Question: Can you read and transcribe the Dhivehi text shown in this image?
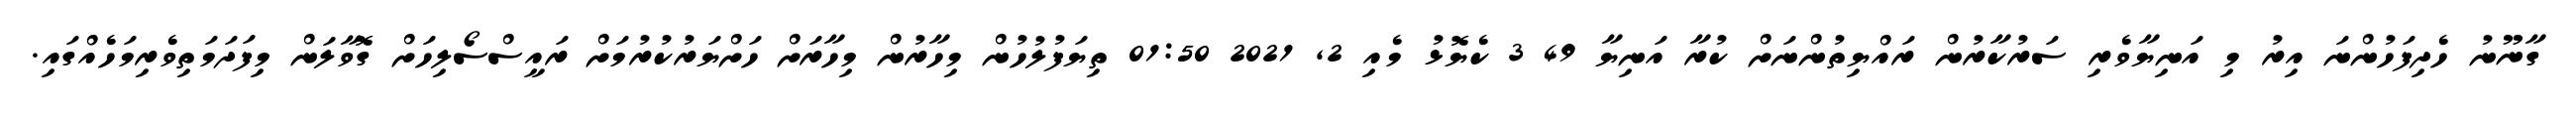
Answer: ގާނޫނު ހެދިފަހުންނަ އިރު މި އަނިޔާވެރި ސަރުކާރުން ރައްޔިތުންނަށް ކުރާ އަނިޔާ 49 3 ކެޔޮޅު މެއި 2, 2021 01:50 ތިޔަފުލުހުން މިހާރުން މިހާރަށް ހަށްޔަރުކުރުމަށް ރައީސްސޯލިހަށް ގޮވާލަން މިފަދަމަތިވެރިމަހެއްގައި.